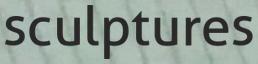
sculptures